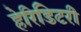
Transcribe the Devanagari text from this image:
हेरिडिटरी